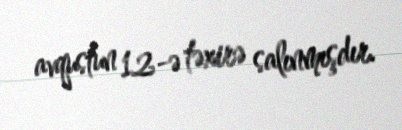
avqustun 12-ə təxirə salınmışdır.